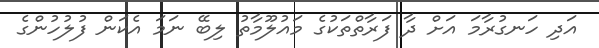
އަދި ހަނގުރާމަ އަށް ދާ ފަރާތްތަކުގެ މައުލޫމާތު ލިބޭ ނަމަ އެކަން ފުލުހުންގެ